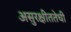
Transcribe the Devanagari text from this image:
असुरक्षीततेची